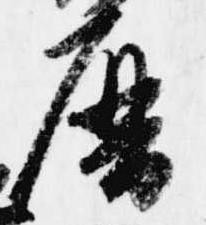
暦